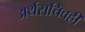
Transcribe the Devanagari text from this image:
अर्थसचिवही